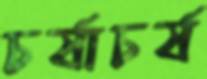
চর্ষাচর্ষ